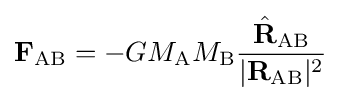
\mathbf {F} _{\text{AB}}=-GM_{\text{A}}M_{\text{B}}{\frac {{\hat {\mathbf {R} }}_{\text{AB}}}{|\mathbf {R} _{\text{AB}}|^{2}}}\